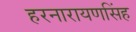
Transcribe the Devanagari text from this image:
हरनारायणसिंह